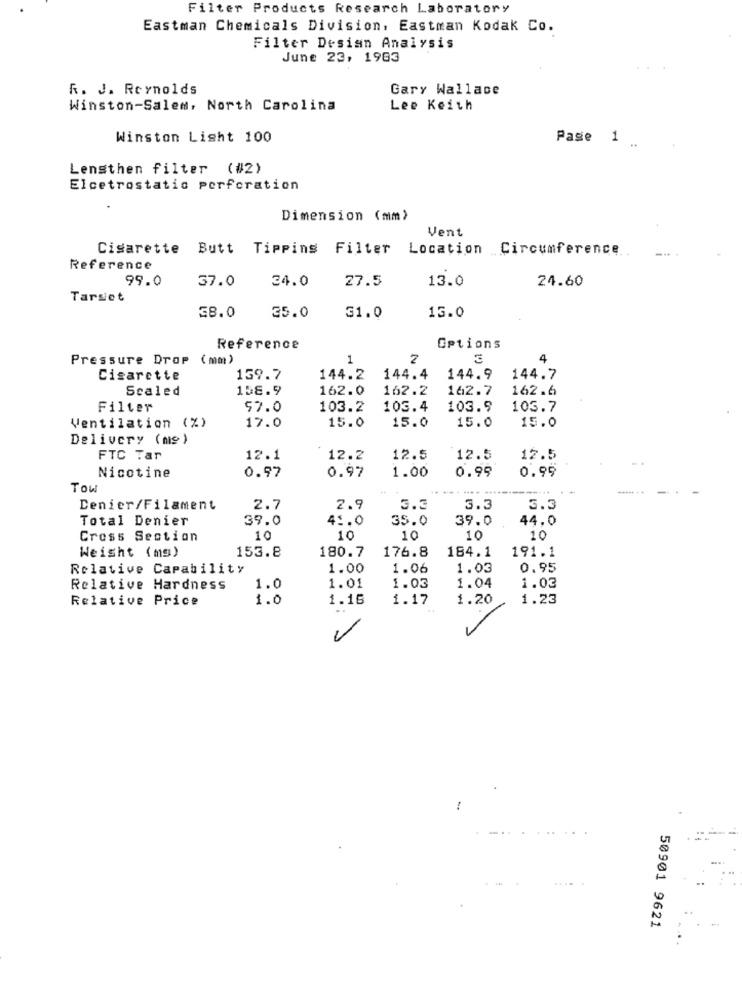
Filter Products Research Laboratory
Eastman Chemicals Division, Eastman Kodak Co.
Filter Desian Analysis
June 23, 1983
R. J. Reynolds
Gary Wallace
Winston-Salem, North Carolina
Lee Keith
Winston Light 100
Pase 1
Lensthen filter (#2)
Elcetrostatic perforation
.
Dimension (mm)
Vent
Cigarette
Butt Tipping Filter Location Circumference.
Reference
99.0
37.0
34.0
27.5
13.0
24.60
Tarset
38.0
35.0
31.0
13.0
Reference
Options
Pressure Drop (mm)
1
2
4
Cisarette
139.7
144.2
144.4
144.9
144.7
Scaled
158.9
162.0
162.2
162.7
162.6
Filter
57.0
103.2
103.4
103.9
103.7
15.0
15.0
Ventilation (%)
17.0
15.0
15.0
Delivery (ms)
FTC Tar
12.1
12.2
12.5
12.5
12.5
0.97
1.00
0.99
0.99
Nicotine
0.97
Tow
Denier/Filament
2.7
2.9
3.3
3.3
3.3
Total Denier
39.0
41.0
35.0
39.0
44.0
Cross Section
10
10
10
10
10
Weight (mg)
180.7
176.8
153.8
184.1
191.1
Relative Capability
1.00
1.06
1.03
0.95
Relative Hardness
1.0
1.01
1.03
1.04
1.03
Relative Price
1.0
1.16
1.17
1.20
1.23
50901 9621